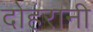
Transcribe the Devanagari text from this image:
दोहरानी